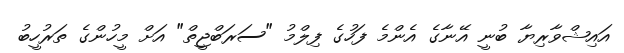
އައިޝްވާރިޔާ ބުނީ އޭނާގެ އެންމެ ފަހުގެ ފިލްމު "ސަރަބްޖީތް" އަށް މީހުންގެ ތަރުހީބު